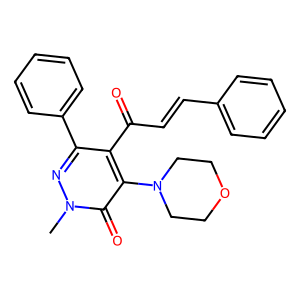
SMILES: Cn1nc(-c2ccccc2)c(C(=O)C=Cc2ccccc2)c(N2CCOCC2)c1=O
Inhibits HIV replication: No